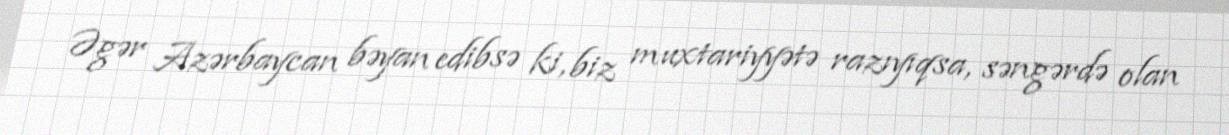
Əgər Azərbaycan bəyan edibsə ki, biz muxtariyyətə razıyıqsa, səngərdə olan